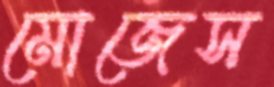
মোজেস